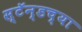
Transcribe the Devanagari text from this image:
स्टॅन्डच्या